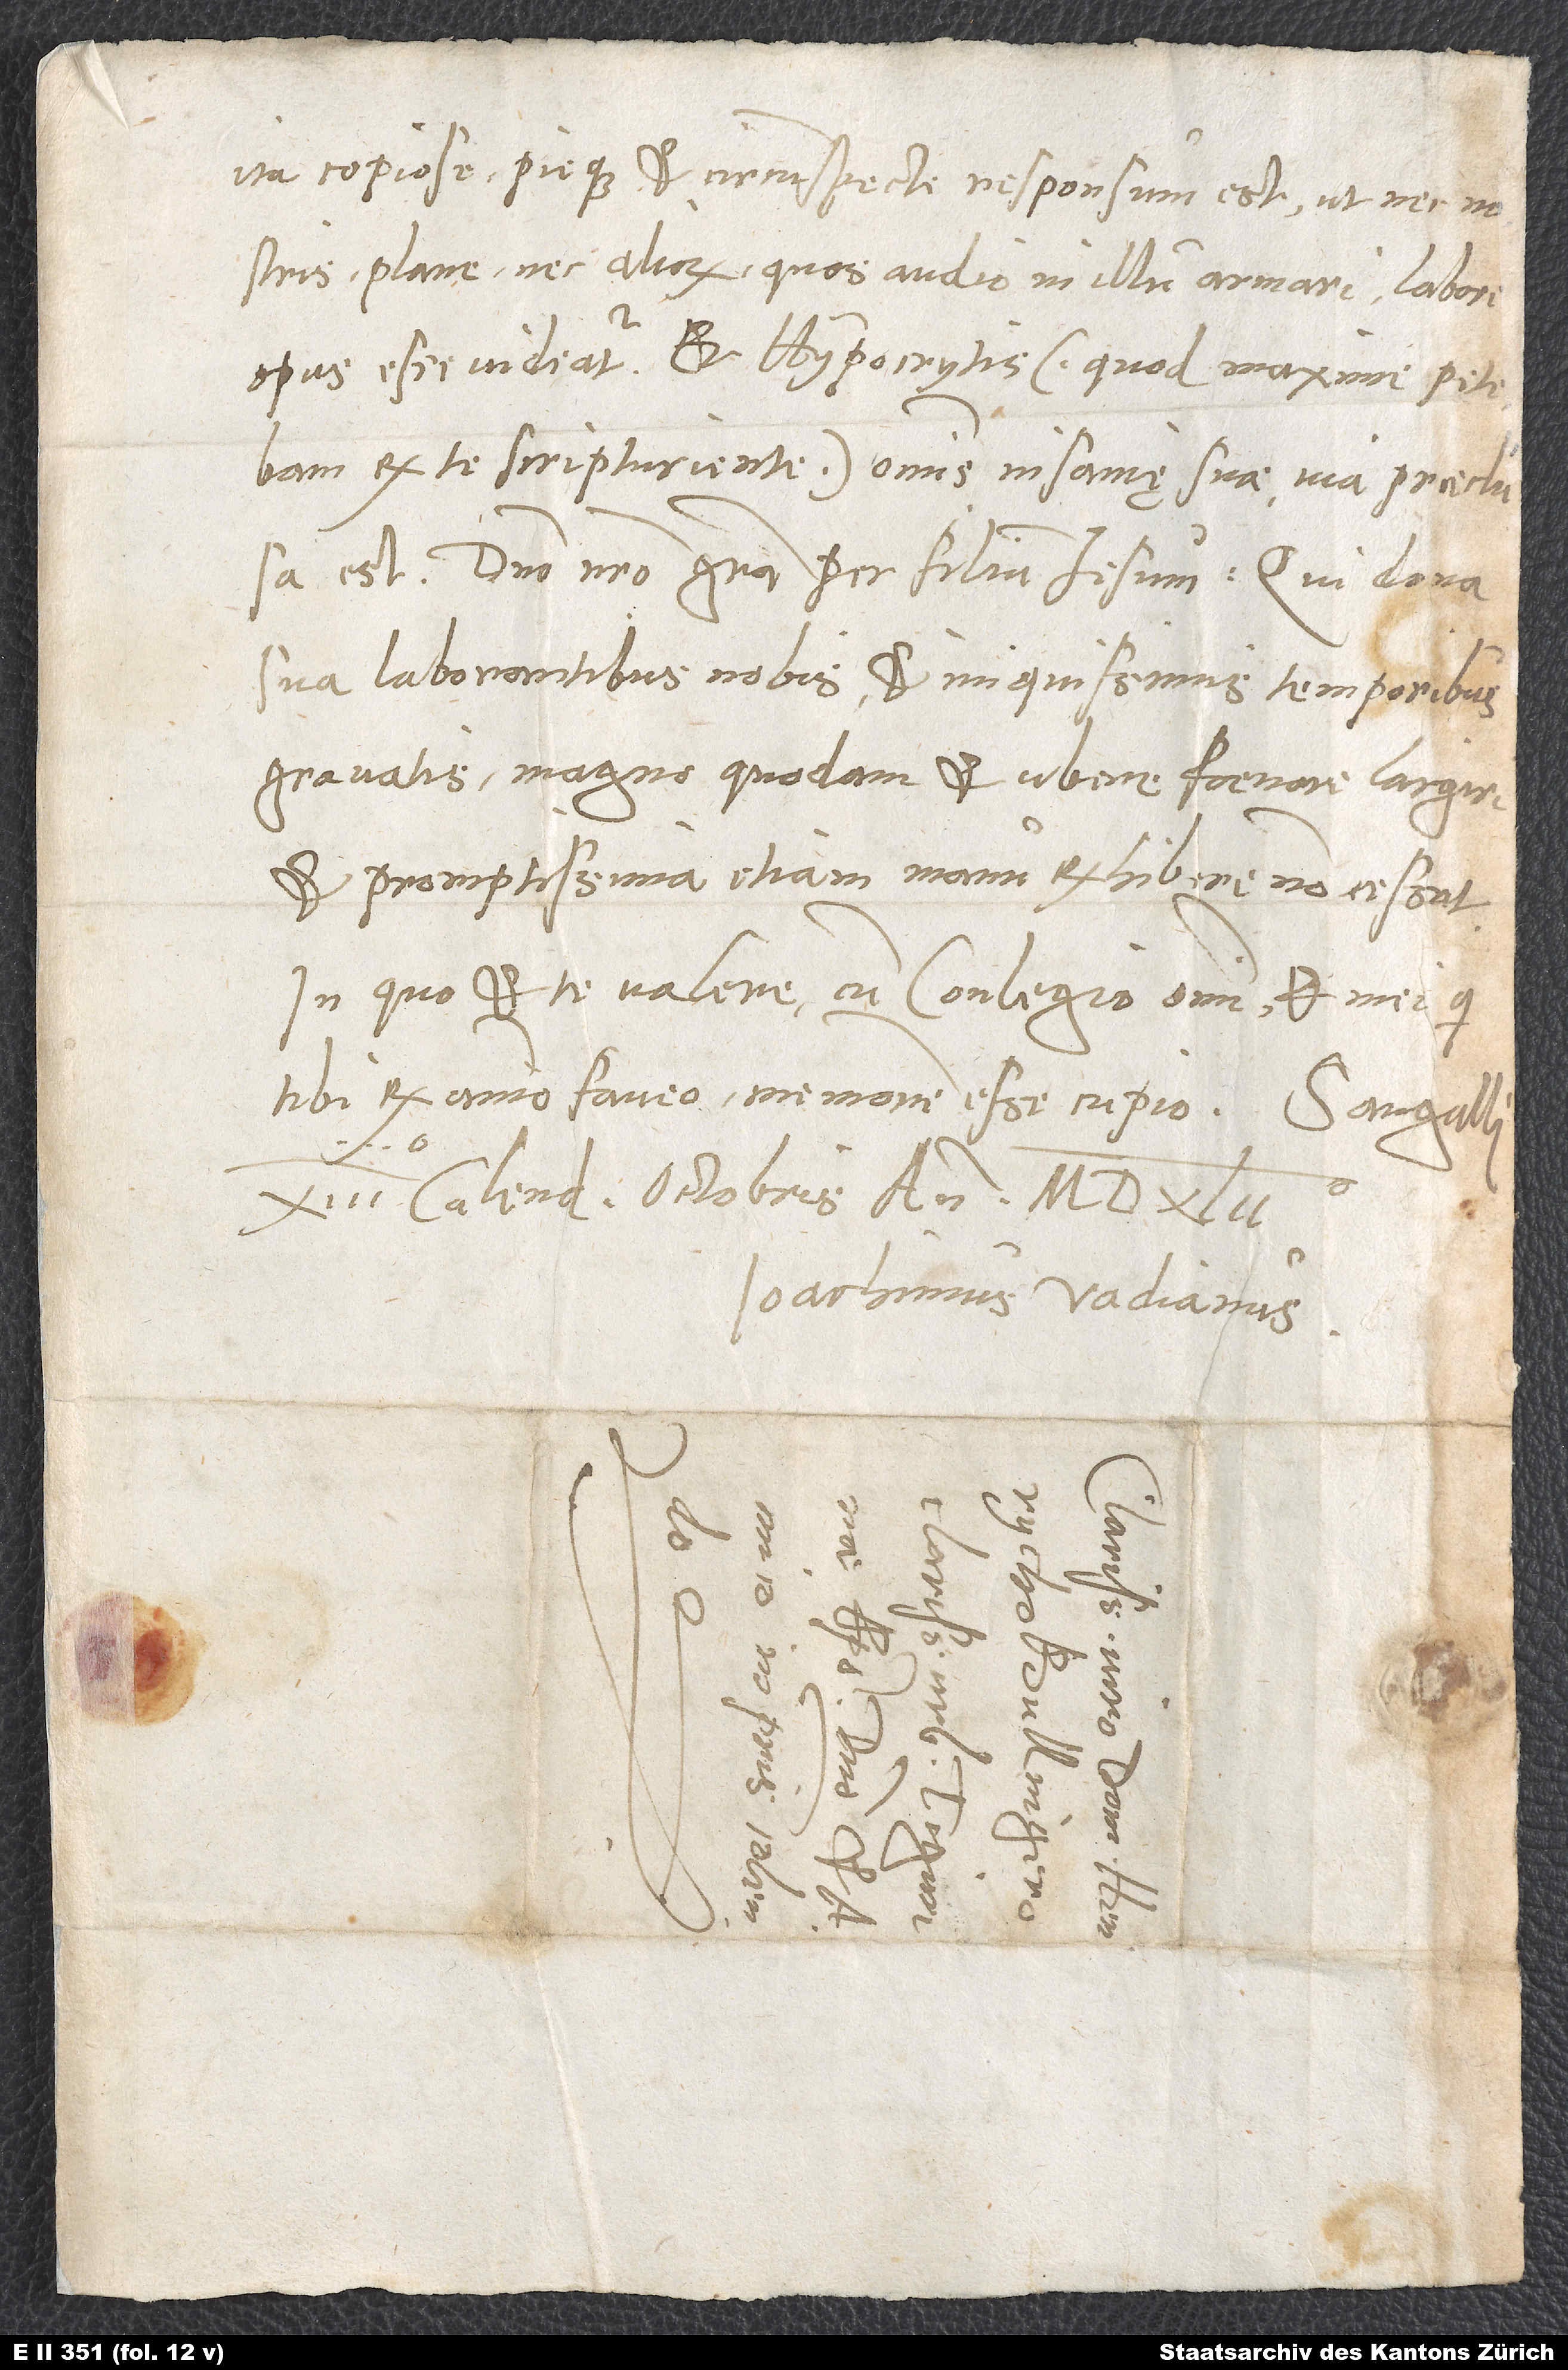
ita copiose pieque et circumspecte responsum est, ut nec nostris
plane, nec aliorum, quos audio in illum armari, labore
opus esse videatur. Et hypocritis (quot maxime petebam
ex te scripturiente) omnis insanię suae via praeclusa
est. Domino nostro gratia per filium Iesum, qui dona
sua laborantibus nobis et iniquissimis temporibus
gravatis magno quodam et ubere faenore largiri
et promptissima etiam manu exhibere non cessat.
In quo et te valere cum conlegio omni et mei, qui
tibi ex animo faveo, memorem esse cupio. Sangalli,
S.
Ioachimus Vadianus.